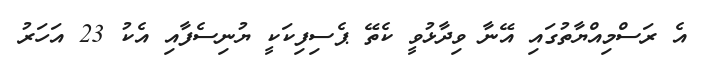
އެ ރަސްމިއްޔާތުގައި އޭނާ ވިދާޅުވީ ކެތޭ ޕެސިފިކަކީ ޔުނިސެފާއި އެކު 23 އަހަރު